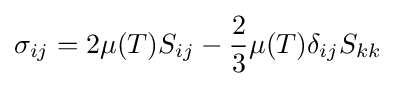
\sigma _{ij}=2\mu (T)S_{ij}-{\frac {2}{3}}\mu (T)\delta _{ij}S_{kk}